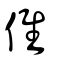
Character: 倠